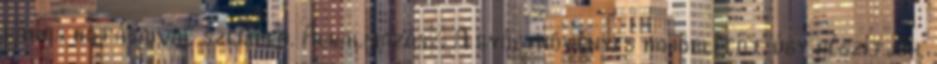
káros hatásaival szemben. Alkalmazás: A gyógynövényes hajöblítőt úgy készítjük,